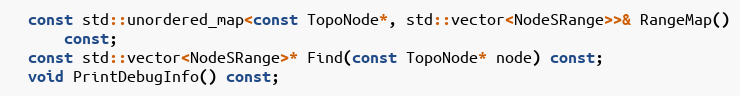
Language: C
  const std::unordered_map<const TopoNode*, std::vector<NodeSRange>>& RangeMap()
      const;
  const std::vector<NodeSRange>* Find(const TopoNode* node) const;
  void PrintDebugInfo() const;